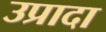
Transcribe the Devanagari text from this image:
उप्रादा